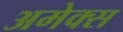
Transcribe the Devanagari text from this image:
अमेक्स